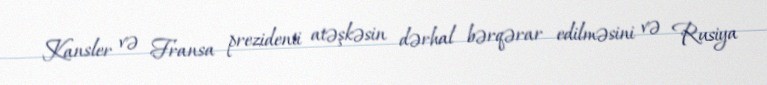
Kansler və Fransa prezidenti atəşkəsin dərhal bərqərar edilməsini və Rusiya